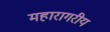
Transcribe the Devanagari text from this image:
महारागरीय